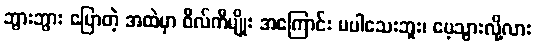
ဘွားဘွား ပြောတဲ့ အထဲမှာ ဝီလ်ကီမျိုး အကြောင်း မပါသေးဘူး၊ မေ့သွားလို့လား